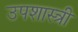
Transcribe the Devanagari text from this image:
उपशास्त्री